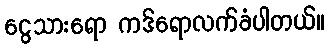
ငွေသားရော ကဒ်ရောလက်ခံပါတယ်။